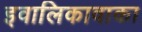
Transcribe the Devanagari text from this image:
इवालिकावाका